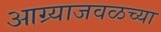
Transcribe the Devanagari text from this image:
आग्र्याजवळच्या